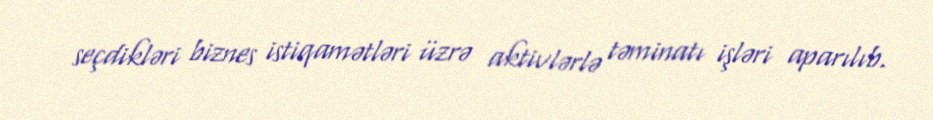
seçdikləri biznes istiqamətləri üzrə aktivlərlə təminatı işləri aparılıb.